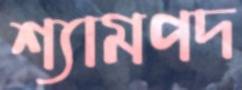
শ্যামপদ